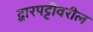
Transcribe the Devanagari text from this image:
द्वारपट्टीवरील